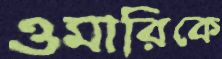
ওমারিকে